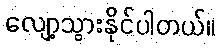
လျော့သွားနိုင်ပါတယ်။